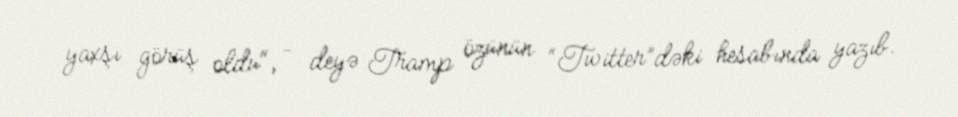
yaxşı görüş oldu", - deyə Tramp özünün “Twitter”dəki hesabında yazıb.